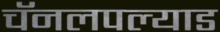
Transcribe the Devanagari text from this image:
चॅनलपल्याड